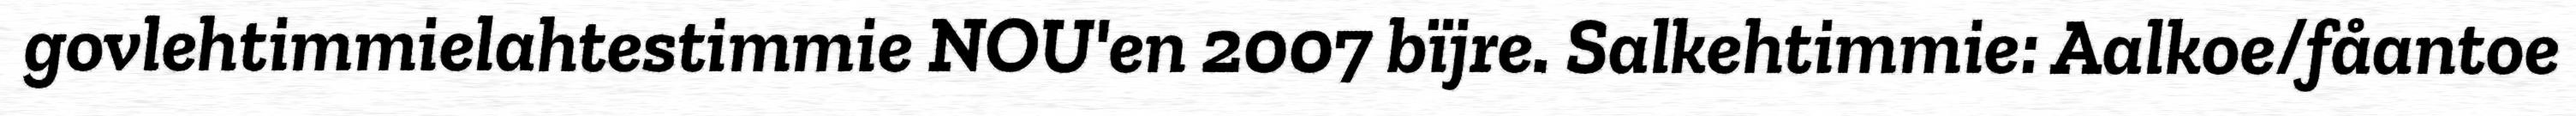
govlehtimmielahtestimmie NOU'en 2007 bïjre. Salkehtimmie: Aalkoe/fåantoe